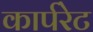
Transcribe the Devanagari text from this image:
कार्परेट